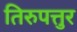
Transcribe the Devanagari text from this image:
तिरुपत्तुर